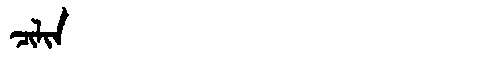
Manchu: ᠴᡳᠯᡳᠨ
Romanization: CILIN